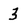
Character: 3